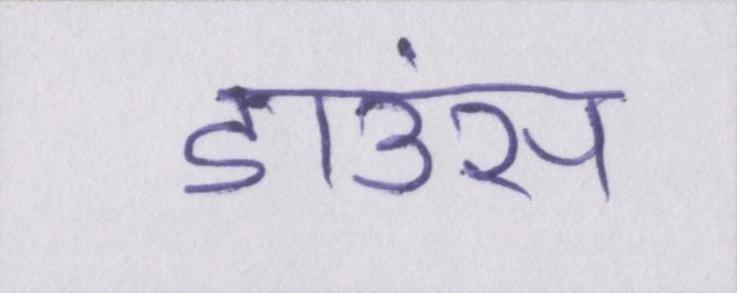
डाउंस